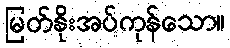
မြတ်နိုးအပ်ကုန်သော။